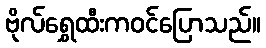
ဗိုလ်ရွှေထီးကဝင်ပြောသည်။